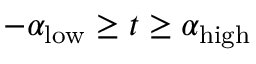
- \alpha _ { \mathrm { l o w } } \geq t \geq \alpha _ { \mathrm { h i g h } }